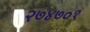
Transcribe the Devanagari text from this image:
२७४७०१